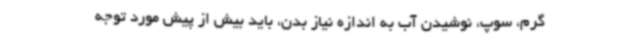
گرم، سوپ، نوشیدن آب به اندازه نیاز بدن، باید بیش از پیش مورد توجه